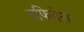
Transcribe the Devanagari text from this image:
गफियेरा